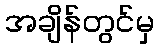
အချိန်တွင်မှ